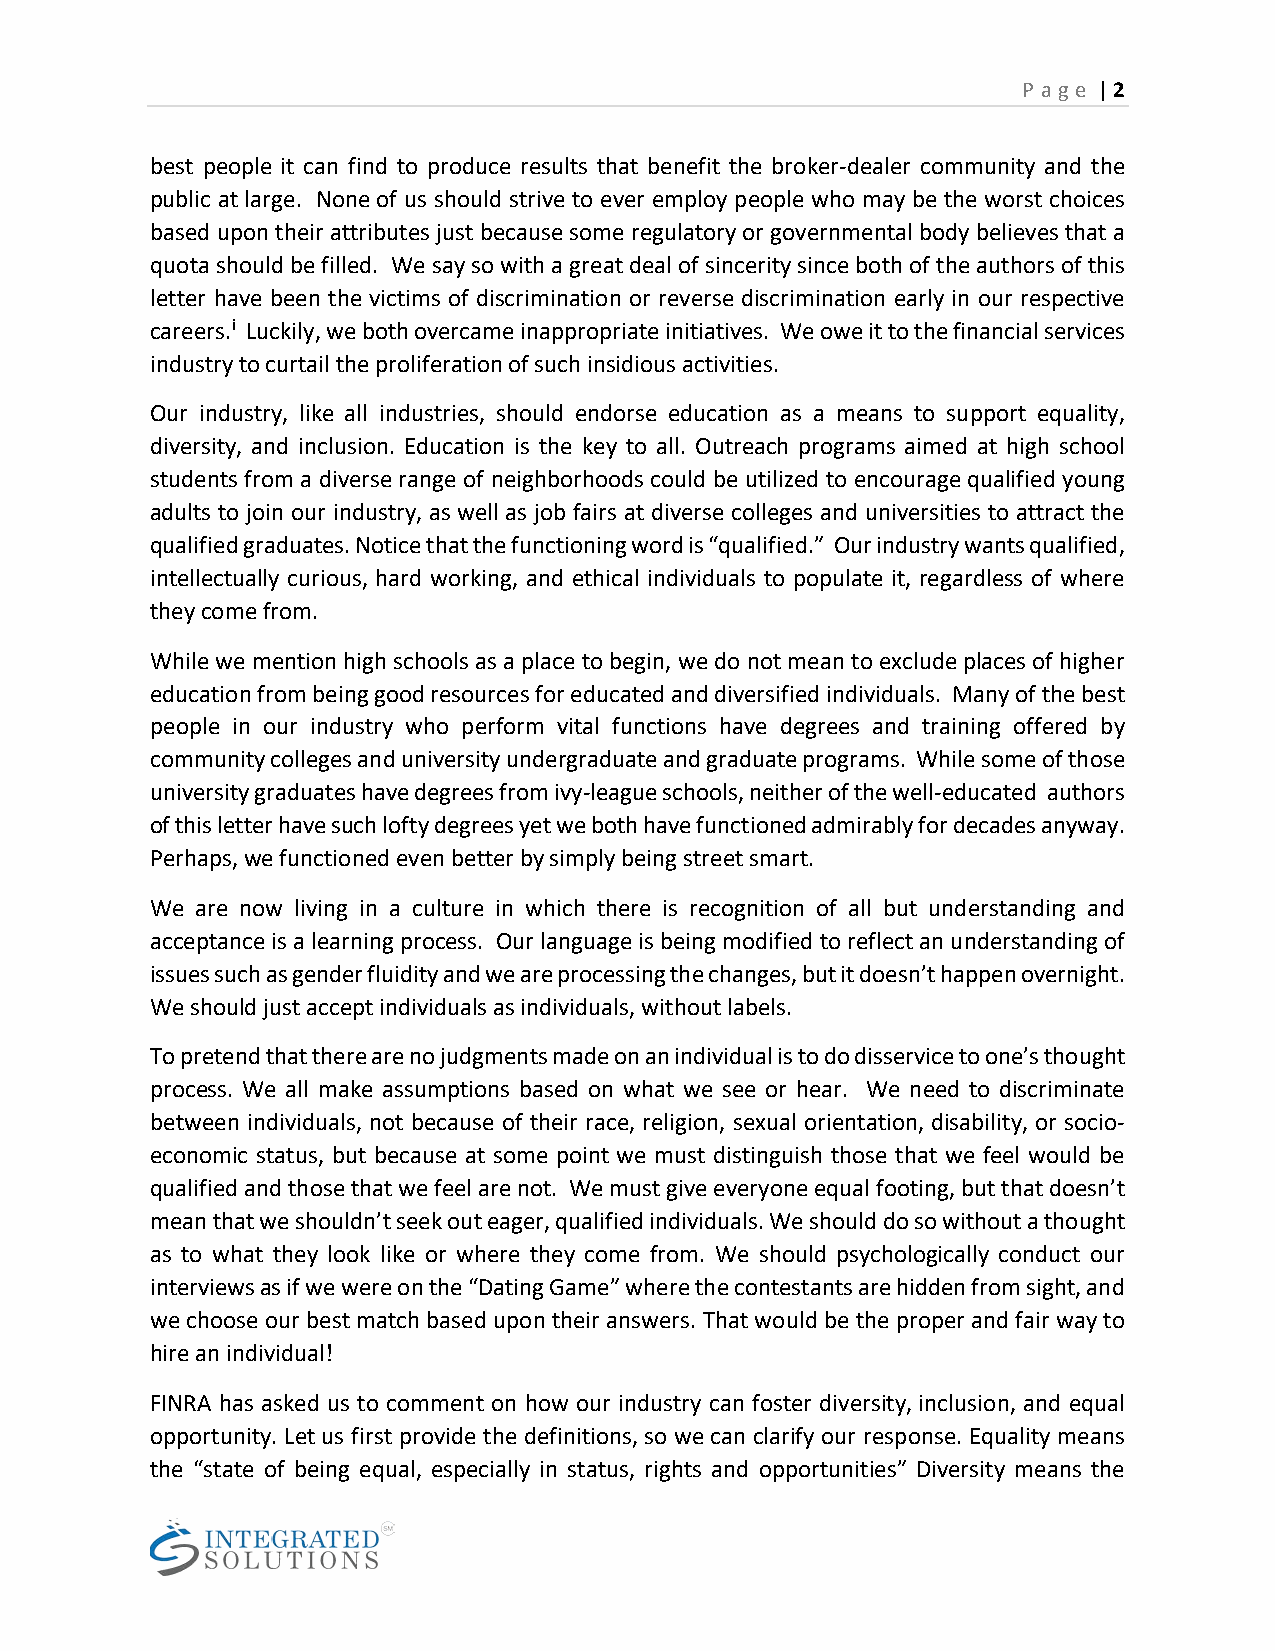
P a ge | 2
 best people it can find to produce results that benefit the broker-dealer community and the
 public at large. None of us should strive to ever employ people who may be the worst choices
 based upon their attributes just because some regulatory or governmental body believes that a
 quota should be filled. We say so with a great deal of sincerity since both of the authors of this
 letter have been the victims of discrimination or reverse discrimination early in our respective
 careers.i Luckily, we both overcame inappropriate initiatives. We owe it to the financial services
 industry to curtail the proliferation of such insidious activities.
 Our industry, like all industries, should endorse education as a means to support equality,
 diversity, and inclusion. Education is the key to all. Outreach programs aimed at high school
 students from a diverse range of neighborhoods could be utilized to encourage qualified young
 adults to join our industry, as well as job fairs at diverse colleges and universities to attract the
 qualified graduates. Notice that the functioning word is “qualified.” Our industry wants qualified,
 intellectually curious, hard working, and ethical individuals to populate it, regardless of where
 they come from.
 While we mention high schools as a place to begin, we do not mean to exclude places of higher
 education from being good resources for educated and diversified individuals. Many of the best
 people in our industry who perform vital functions have degrees and training offered by
 community colleges and university undergraduate and graduate programs. While some of those
 university graduates have degrees from ivy-league schools, neither of the well-educated authors
 of this letter have such lofty degrees yet we both have functioned admirably for decades anyway.
 Perhaps, we functioned even better by simply being street smart.
 We are now living in a culture in which there is recognition of all but understanding and
 acceptance is a learning process. Our language is being modified to reflect an understanding of
 issues such as gender fluidity and we are processing the changes, but it doesn’t happen overnight.
 We should just accept individuals as individuals, without labels.
 To pretend that there are no judgments made on an individual is to do disservice to one’s thought
 process. We all make assumptions based on what we see or hear. We need to discriminate
 between individuals, not because of their race, religion, sexual orientation, disability, or socio-
 economic status, but because at some point we must distinguish those that we feel would be
 qualified and those that we feel are not. We must give everyone equal footing, but that doesn’t
 mean that we shouldn’t seek out eager, qualified individuals. We should do so without a thought
 as to what they look like or where they come from. We should psychologically conduct our
 interviews as if we were on the “Dating Game” where the contestants are hidden from sight, and
 we choose our best match based upon their answers. That would be the proper and fair way to
 hire an individual!
 FINRA has asked us to comment on how our industry can foster diversity, inclusion, and equal
 opportunity. Let us first provide the definitions, so we can clarify our response. Equality means
 the “state of being equal, especially in status, rights and opportunities” Diversity means the